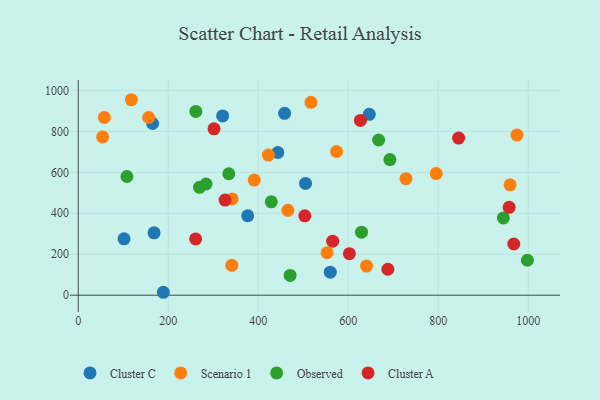
{"axis": {"x": "Price", "y": "Fuel Efficiency"}, "legend": ["Cluster A", "Cluster C", "Observed", "Scenario 1"], "data": [{"x": "646.7", "y": 883.1, "type": "Cluster C"}, {"x": "168.5", "y": 304.5, "type": "Cluster C"}, {"x": "189.1", "y": 14.3, "type": "Cluster C"}, {"x": "443.5", "y": 696.8, "type": "Cluster C"}, {"x": "560.1", "y": 112.4, "type": "Cluster C"}, {"x": "376.6", "y": 388.0, "type": "Cluster C"}, {"x": "458.6", "y": 888.0, "type": "Cluster C"}, {"x": "101.8", "y": 275.1, "type": "Cluster C"}, {"x": "165.3", "y": 838.3, "type": "Cluster C"}, {"x": "505.1", "y": 545.6, "type": "Cluster C"}, {"x": "320.9", "y": 875.5, "type": "Cluster C"}, {"x": "728.4", "y": 569.0, "type": "Scenario 1"}, {"x": "795.5", "y": 593.6, "type": "Scenario 1"}, {"x": "118.0", "y": 954.4, "type": "Scenario 1"}, {"x": "156.4", "y": 867.5, "type": "Scenario 1"}, {"x": "54.2", "y": 772.7, "type": "Scenario 1"}, {"x": "58.1", "y": 867.6, "type": "Scenario 1"}, {"x": "974.9", "y": 781.8, "type": "Scenario 1"}, {"x": "342.0", "y": 470.1, "type": "Scenario 1"}, {"x": "422.5", "y": 684.2, "type": "Scenario 1"}, {"x": "391.0", "y": 561.9, "type": "Scenario 1"}, {"x": "465.9", "y": 414.2, "type": "Scenario 1"}, {"x": "341.4", "y": 145.9, "type": "Scenario 1"}, {"x": "574.1", "y": 701.5, "type": "Scenario 1"}, {"x": "517.1", "y": 941.7, "type": "Scenario 1"}, {"x": "552.9", "y": 207.3, "type": "Scenario 1"}, {"x": "640.7", "y": 142.2, "type": "Scenario 1"}, {"x": "959.7", "y": 538.7, "type": "Scenario 1"}, {"x": "283.9", "y": 542.9, "type": "Observed"}, {"x": "108.1", "y": 579.5, "type": "Observed"}, {"x": "998.1", "y": 170.6, "type": "Observed"}, {"x": "334.6", "y": 592.9, "type": "Observed"}, {"x": "667.5", "y": 757.7, "type": "Observed"}, {"x": "429.0", "y": 455.7, "type": "Observed"}, {"x": "269.5", "y": 526.8, "type": "Observed"}, {"x": "692.6", "y": 662.2, "type": "Observed"}, {"x": "261.4", "y": 897.1, "type": "Observed"}, {"x": "470.8", "y": 96.6, "type": "Observed"}, {"x": "629.6", "y": 307.9, "type": "Observed"}, {"x": "944.7", "y": 377.5, "type": "Observed"}, {"x": "301.7", "y": 812.5, "type": "Cluster A"}, {"x": "957.6", "y": 428.9, "type": "Cluster A"}, {"x": "503.6", "y": 387.4, "type": "Cluster A"}, {"x": "602.6", "y": 202.8, "type": "Cluster A"}, {"x": "845.2", "y": 767.3, "type": "Cluster A"}, {"x": "326.3", "y": 464.3, "type": "Cluster A"}, {"x": "627.0", "y": 853.4, "type": "Cluster A"}, {"x": "688.1", "y": 126.7, "type": "Cluster A"}, {"x": "260.9", "y": 274.6, "type": "Cluster A"}, {"x": "967.9", "y": 250.1, "type": "Cluster A"}, {"x": "565.4", "y": 263.8, "type": "Cluster A"}]}